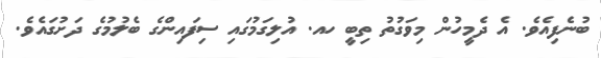
ބުނެފިއެވެ. އެ ދެމީހުން މިވަގުތު ތިބީ ހއ. އުލިގަމުގައި ސިފައިންގެ ބެލުމުގެ ދަށުގައެވެ.